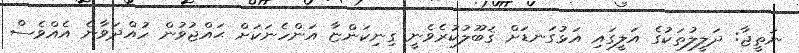
ނަތީޖާ: ދަލީލުތަކުގެ އަލީގައި އަޅުގަނޑަށް ޤަބޫލުކުރެވެނީ ގިނިކަންޏާ އަންހެނަކަށް ޙައްޖުވުން ހުއްދަވާނެ އެއްވެސް